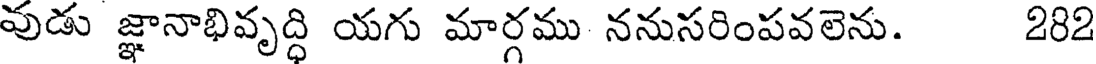
వుడు జ్ఞానాభివృద్ధి యగు మార్గము ననుసరింపవలెను. 282